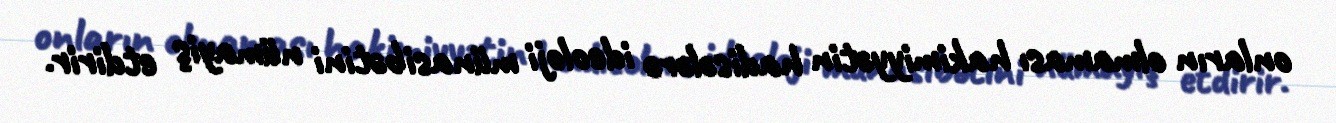
onların olmaması hakimiyyətin hadisələrə ideoloji münasibətini nümayiş etdirir.